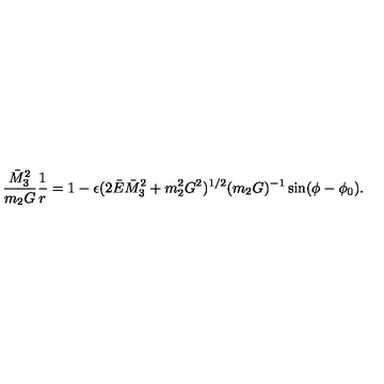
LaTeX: \frac { \bar { M } _ { 3 } ^ { 2 } } { m _ { 2 } G } \frac { 1 } { r } = 1 - \epsilon ( 2 \bar { E } \bar { M } _ { 3 } ^ { 2 } + m _ { 2 } ^ { 2 } G ^ { 2 } ) ^ { 1 / 2 } ( m _ { 2 } G ) ^ { - 1 } \sin ( \phi - \phi _ { 0 } ) .